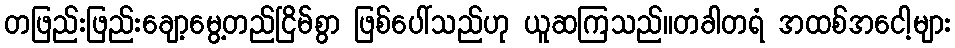
တဖြည်းဖြည်းချော့မွေ့တည်ငြိမ်စွာ ဖြစ်ပေါ်သည်ဟု ယူဆကြသည်။တခါတရံ အထစ်အငေါ့များ